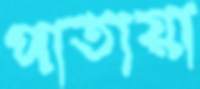
পাতায়া